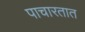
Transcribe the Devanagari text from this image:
पाचारतात